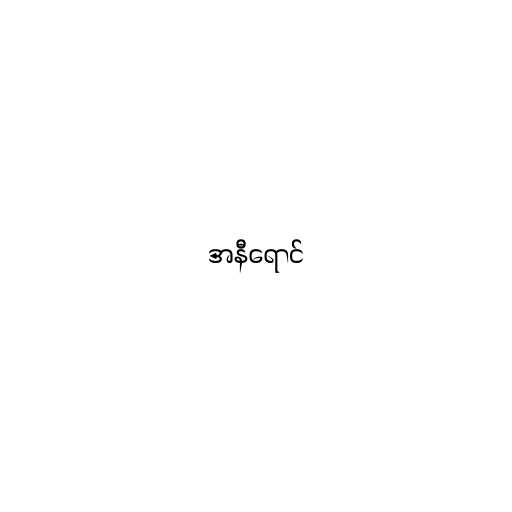
အနီရောင်